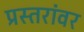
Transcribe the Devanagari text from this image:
प्रस्तरांवर